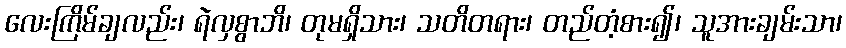
လေးကြိမ်ချလည်း၊ ရဲလှစွာဘိ၊ တုမရှိသား၊ သတိတရား၊ တည်တံ့စား၍၊ သူအားချမ်းသာ၊